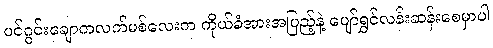
ပင်ဂွင်းချောကလက်မစ်လေးက ကိုယ်ခံအားအပြည့်နဲ့ ပျော်ရွှင်လန်းဆန်းစေမှာပါ